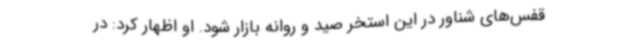
قفس‌های شناور در این استخر صید و روانه بازار شود. او اظهار کرد: در